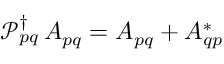
{ \mathcal { P } _ { p q } ^ { \dagger } \, A _ { p q } = A _ { p q } + A _ { q p } ^ { * } }